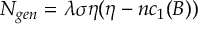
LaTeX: N _ { g e n } = \lambda \sigma \eta ( \eta - n c _ { 1 } ( B ) )